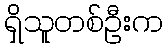
ရှိသူတစ်ဦးက